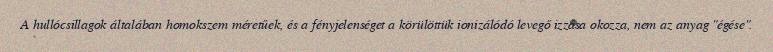
A hullócsillagok általában homokszem méretűek, és a fényjelenséget a körülöttük ionizálódó levegő izzása okozza, nem az anyag "égése".